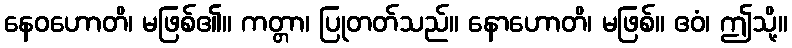
နေဝဟောတိ၊ မဖြစ်၏။ ကတ္တာ၊ ပြုတတ်သည်။ နောဟောတိ၊ မဖြစ်။ ဧဝံ၊ ဤသို့။